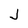
Character: J